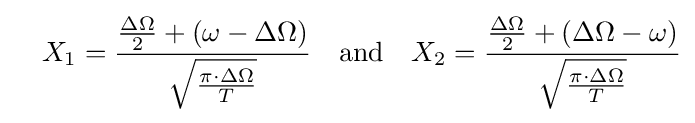
\quad X_{1}={\frac {{\frac {\Delta \Omega }{2}}+(\omega -\Delta \Omega )}{\sqrt {\frac {\pi \cdot \Delta \Omega }{T}}}}\quad {\text{and}}\quad X_{2}={\frac {{\frac {\Delta \Omega }{2}}+(\Delta \Omega -\omega )}{\sqrt {\frac {\pi \cdot \Delta \Omega }{T}}}}